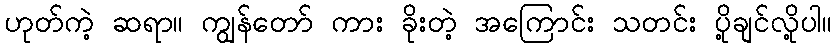
ဟုတ်ကဲ့ ဆရာ။ ကျွန်တော် ကား ခိုးတဲ့ အကြောင်း သတင်း ပို့ချင်လို့ပါ။